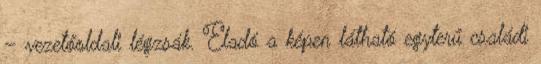
– vezetőoldali légzsák. Eladó a képen látható egyterű családi